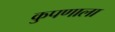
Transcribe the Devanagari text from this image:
कुपणाला